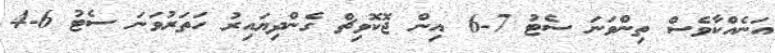
އަނެއްކާވެސް ތިންވަނަ ސެޓު 7-6 އިން ޖޮކޮވިޗް ގެންދިޔައިރު ހަތަރުވަނަ ސެޓު 6-4